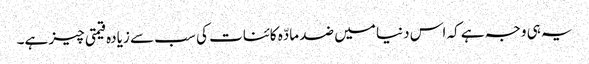
یہ ہی وجہ ہے کہ اس دنیا میں ضد مادّہ کائنات کی سب سے زیادہ قیمتی چیز ہے۔